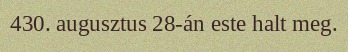
430. augusztus 28-án este halt meg.